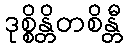
ဒုစ္စိန္တိတစိန္တီ